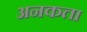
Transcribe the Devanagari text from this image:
अनकता